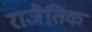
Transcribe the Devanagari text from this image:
राजैतिक